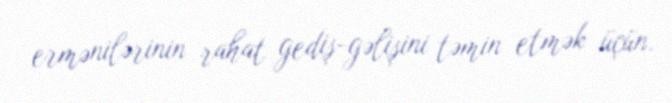
ermənilərinin rahat gediş-gəlişini təmin etmək üçün.